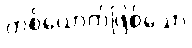
တစ်ယောက်ဖြစ်သော